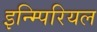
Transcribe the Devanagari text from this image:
इन्म्पिरियल